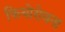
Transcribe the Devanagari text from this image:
फियोरोवना